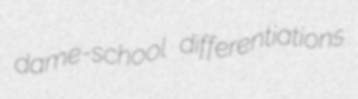
dame-school differentiations